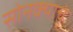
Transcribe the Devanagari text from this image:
सोनक्याचे